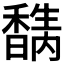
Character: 𥣉